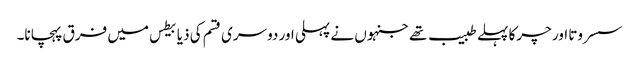
سسروتا اور چرکا پہلے طبیب تھے جنہوں نے پہلی اور دوسری قسم کی ذیابیطس میں فرق پہچانا۔